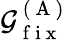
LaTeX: \mathcal{G}_{\mathrm{{~f~i~x~}}}^{\mathrm{{~(~A~)~}}}